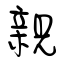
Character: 親